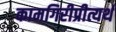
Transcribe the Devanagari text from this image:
कामगिरीप्रीत्यर्थ